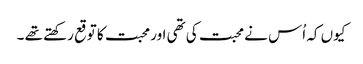
کیوں کہ اُس نے محبت کی تھی اور محبت کا توقع رکھتے تھے ۔